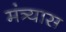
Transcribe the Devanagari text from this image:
मंत्र्यास